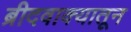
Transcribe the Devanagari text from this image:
ब्रीदवाक्यातून